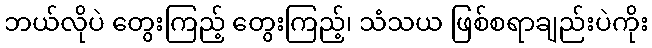
ဘယ်လိုပဲ တွေးကြည့် တွေးကြည့်၊ သံသယ ဖြစ်စရာချည်းပဲကိုး